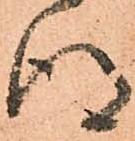
得